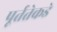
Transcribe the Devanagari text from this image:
पूर्ततेकडे